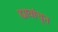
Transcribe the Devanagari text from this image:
ह्यावांचून